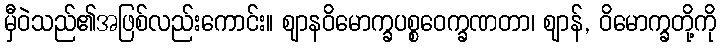
မှီဝဲသည်၏အဖြစ်လည်းကောင်း။ ဈာနဝိမောက္ခပစ္စဝေက္ခဏတာ၊ ဈာန်, ဝိမောက္ခတို့ကို